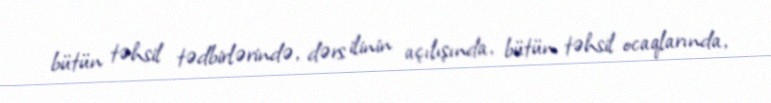
bütün təhsil tədbirlərində, dərs ilinin açılışında, bütün təhsil ocaqlarında,